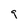
Character: q